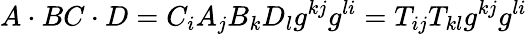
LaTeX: A\cdot BC\cdot D=C_{i}A_{j}B_{k}D_{l}g^{kj}g^{li}=T_{ij}T_{kl}g^{kj}g^{li}